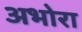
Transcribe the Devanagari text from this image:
अभोरा